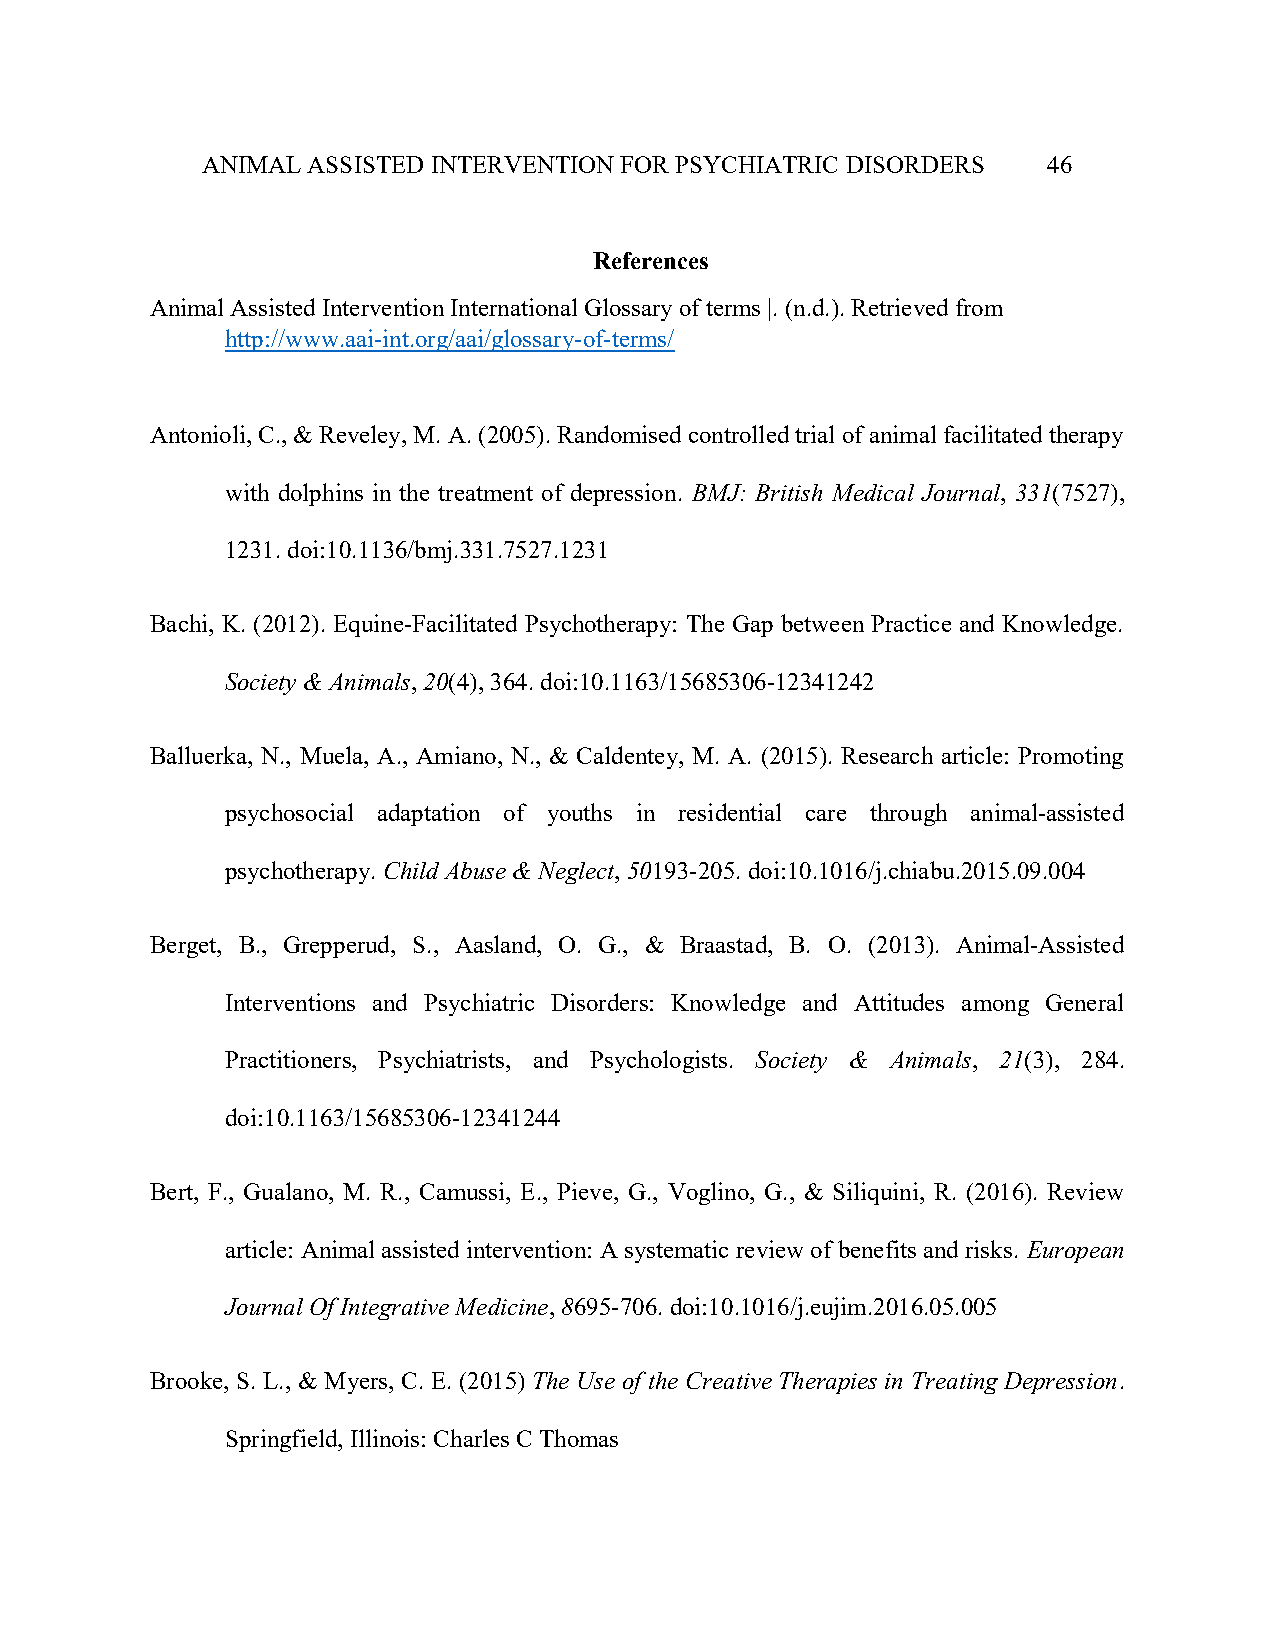
ANIMAL ASSISTED INTERVENTION FOR PSYCHIATRIC DISORDERS  46
 References
 Animal Assisted Intervention International Glossary of terms |. (n.d.). Retrieved from
 http://www.aai-int.org/aai/glossary-of-terms/
 Antonioli, C., & Reveley, M. A. (2005). Randomised controlled trial of animal facilitated therapy
 with dolphins in the treatment of depression. BMJ: British Medical Journal, 331(7527),
 1231. doi:10.1136/bmj.331.7527.1231
 Bachi, K. (2012). Equine-Facilitated Psychotherapy: The Gap between Practice and Knowledge.
 Society & Animals, 20(4), 364. doi:10.1163/15685306-12341242
 Balluerka, N., Muela, A., Amiano, N., & Caldentey, M. A. (2015). Research article: Promoting
 psychosocial adaptation of youths in residential care through animal-assisted
 psychotherapy. Child Abuse & Neglect, 50193-205. doi:10.1016/j.chiabu.2015.09.004
 Berget, B., Grepperud, S., Aasland, O. G., & Braastad, B. O. (2013). Animal-Assisted
 Interventions and Psychiatric Disorders: Knowledge and Attitudes among General
 Practitioners, Psychiatrists, and Psychologists. Society & Animals, 21(3), 284.
 doi:10.1163/15685306-12341244
 Bert, F., Gualano, M. R., Camussi, E., Pieve, G., Voglino, G., & Siliquini, R. (2016). Review
 article: Animal assisted intervention: A systematic review of benefits and risks. European
 Journal Of Integrative Medicine, 8695-706. doi:10.1016/j.eujim.2016.05.005
 Brooke, S. L., & Myers, C. E. (2015) The Use of the Creative Therapies in Treating Depression.
 Springfield, Illinois: Charles C Thomas